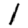
Digit: 1